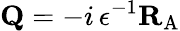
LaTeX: {\mathbf{Q}}=-i\, \epsilon^{-1}{\mathbf{R}}_{\mathrm{A}}